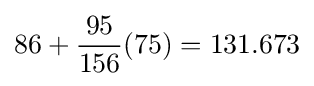
86+{\frac {95}{156}}(75)=131.673